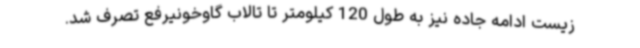
زیست ادامه جاده نیز به طول 120 کیلومتر تا تالاب گاوخونیرفع تصرف شد.